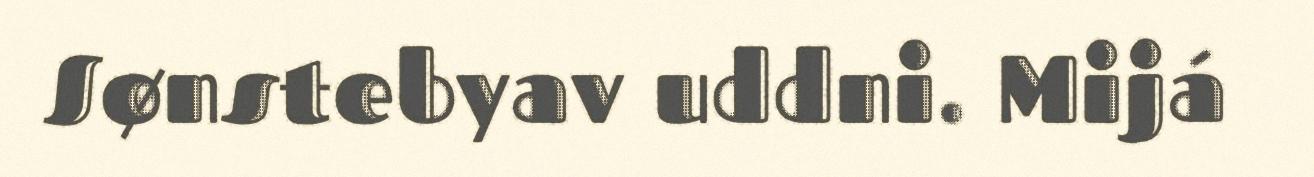
Sønstebyav uddni. Mijá